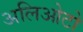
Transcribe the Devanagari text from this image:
अलिओटो